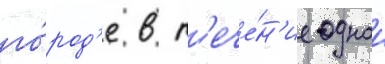
го́род'е в т'ече́н'ие однои